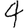
Digit: 4